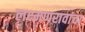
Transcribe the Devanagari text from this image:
लक्ष्मणरावांचा